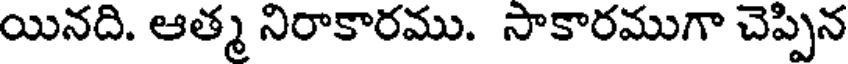
యినది. ఆత్మ నిరాకారము. సాకారముగా చెప్పిన